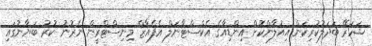
ޝަހަރޭ ބަދަލުކުރިކަން އިއުލާންކޮށް އިންޑިއާގެ އެކްސްޓާނަލް އެފެއާޒް މިނިސްޓްރީން ނެރުނު ކުރު ބަޔާނުގައި